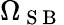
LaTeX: \Omega_{\mathrm{~S~B~}}